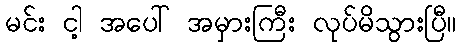
မင်း ငါ့ အပေါ် အမှားကြီး လုပ်မိသွားပြီ။